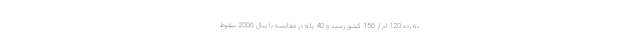
به رده 120 ام از 156 کشور رسید و 40 پله در مقایسه با سال 2006 سقوط